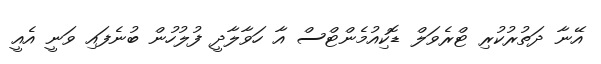
އޭނާ ދަތުރުކުރި ޓްރެވަލް ޑޮކިއުމެންޓްސް އާ ހަވާލާދީ ފުލުހުން ބުނެފައި ވަނީ އެއީ